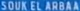
SOUKELARABA